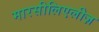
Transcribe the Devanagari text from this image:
मारसीलिएलीज़